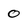
Character: 0